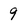
Character: 9